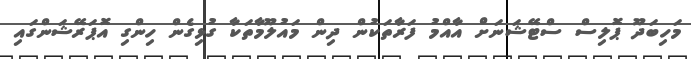
މަހިބަދޫ ޕޮލިސް ސްޓޭޝަނަށް އާއްމު ފަރާތަކުން ދިން މައުލޫމާތަކާ ގުޅިގެން ހިންގި އޮޕަރޭޝަންގައި